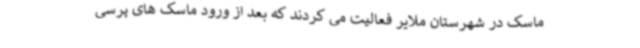
ماسک در شهرستان ملایر فعالیت می کردند که بعد از ورود ماسک های پرسی